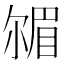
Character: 𡮠